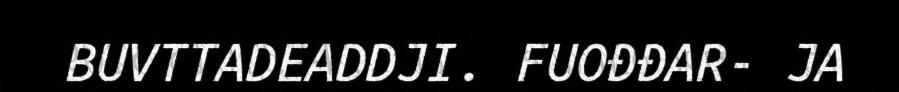
BUVTTADEADDJI. FUOĐĐAR- JA